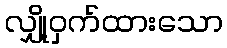
လျှို့ဝှက်ထားသော